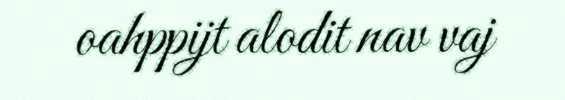
oahppijt alodit nav vaj